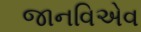
જાનવિએવ